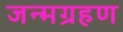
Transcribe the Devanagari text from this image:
जन्मग्रहण